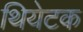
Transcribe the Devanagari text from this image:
थियेटक